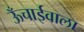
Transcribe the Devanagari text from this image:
ऊँचाईवाला